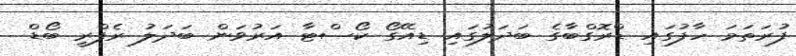
ފުރަތަމަ ހާފުގައި ޑްރޮގްބާގެ ބަދަލުގައި ޑިއޭގޯ ކޯސްޓާ އަރުވަން ބަދަލު ރެފްރީ ބޯޑް